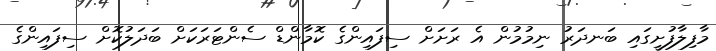
މާފިލާފުށީގައި ބަނދަރު ނިމުމުން އެ ރަށަށް ސިފައިންގެ ކޮމާންޑް ސެންޓަރަކަށް ބަދަލުކޮށް ސިފައިންގެ